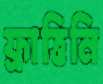
ফ্রাত্তিনি